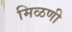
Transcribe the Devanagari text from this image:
मिळणी